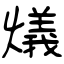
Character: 燨